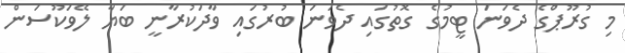
މި ގުރޫޕްގެ ދެވަނަަ ޓީމުގެ ގޮތުގައި ދެވަނަ ބުރުގައި ވާދަކުރާނީ ބަޔާ ލޭވަކޫސަން